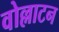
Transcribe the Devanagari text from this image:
वोल्लाटन